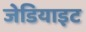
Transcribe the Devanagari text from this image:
जेडियाइट